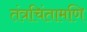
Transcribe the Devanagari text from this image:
तंत्रचिंतामणि